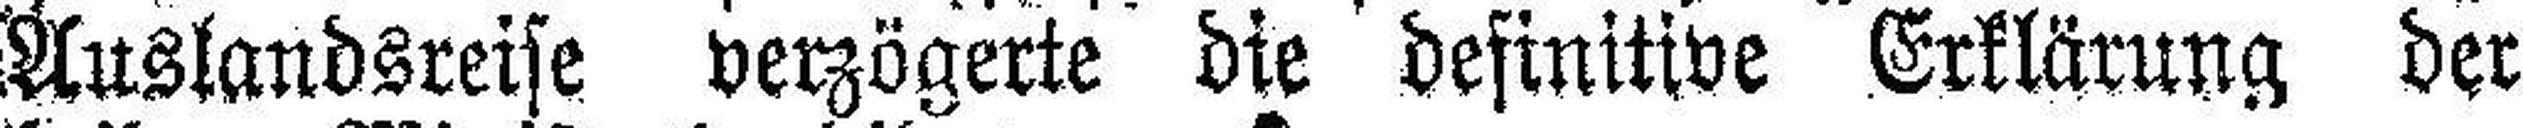
Auslandsreise verzögerte die definitive Erklärung der